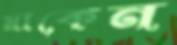
মাকেন